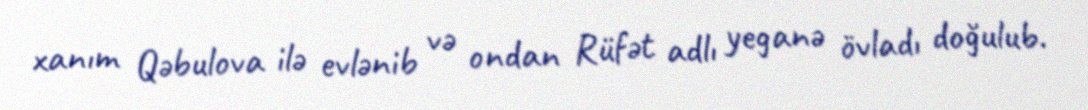
xanım Qəbulova ilə evlənib və ondan Rüfət adlı yeganə övladı doğulub.